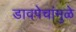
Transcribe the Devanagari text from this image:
डावपेचांमुळे